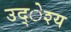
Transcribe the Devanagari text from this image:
उद्ेश्य